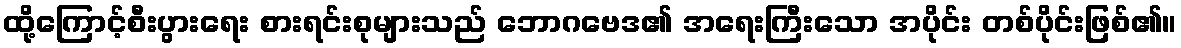
ထို့ကြောင့်စီးပွားရေး စားရင်းစုများသည် ဘောဂဗေဒ၏ အရေးကြီးသော အပိုင်း တစ်ပိုင်းဖြစ်၏။